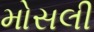
મોસલી